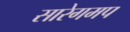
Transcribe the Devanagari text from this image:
सारेगमप